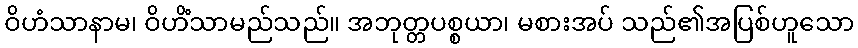
ဝိဟံသာနာမ၊ ဝိဟိံသာမည်သည်။ အဘုတ္တပစ္စယာ၊ မစားအပ် သည်၏အပြစ်ဟူသော